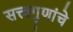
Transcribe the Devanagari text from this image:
सत्त्वगुणांचे